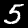
Label: 5